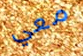
معي